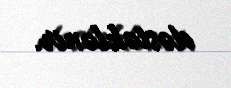
dəstəklənir.